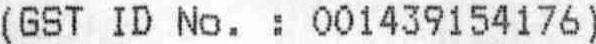
(GST ID NO . : 001439154176)